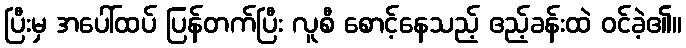
ပြီးမှ အပေါ်ထပ် ပြန်တက်ပြီး လူစီ စောင့်နေသည့် ဧည့်ခန်းထဲ ဝင်ခဲ့၏။